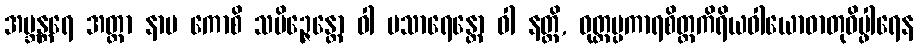
အဗ္ဘန္တရေ အတ္တာ နာမ ကောစိ သမိဉ္ဇေန္တော ဝါ ပသာရေန္တော ဝါ နတ္ထိ, ဝုတ္တပ္ပကာရစိတ္တကိရိယဝါယောဓာတုဝိပ္ဖါရေန